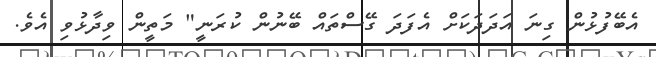
އެބޭފުޅުން ގިނަ އަދަދަކަށް އެފަދަ ގޭސްތައް ބޭނުން ކުރަނީ" މަތީން ވިދާޅުވި އެވެ.